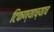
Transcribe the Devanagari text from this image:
टिकण्याच्याच